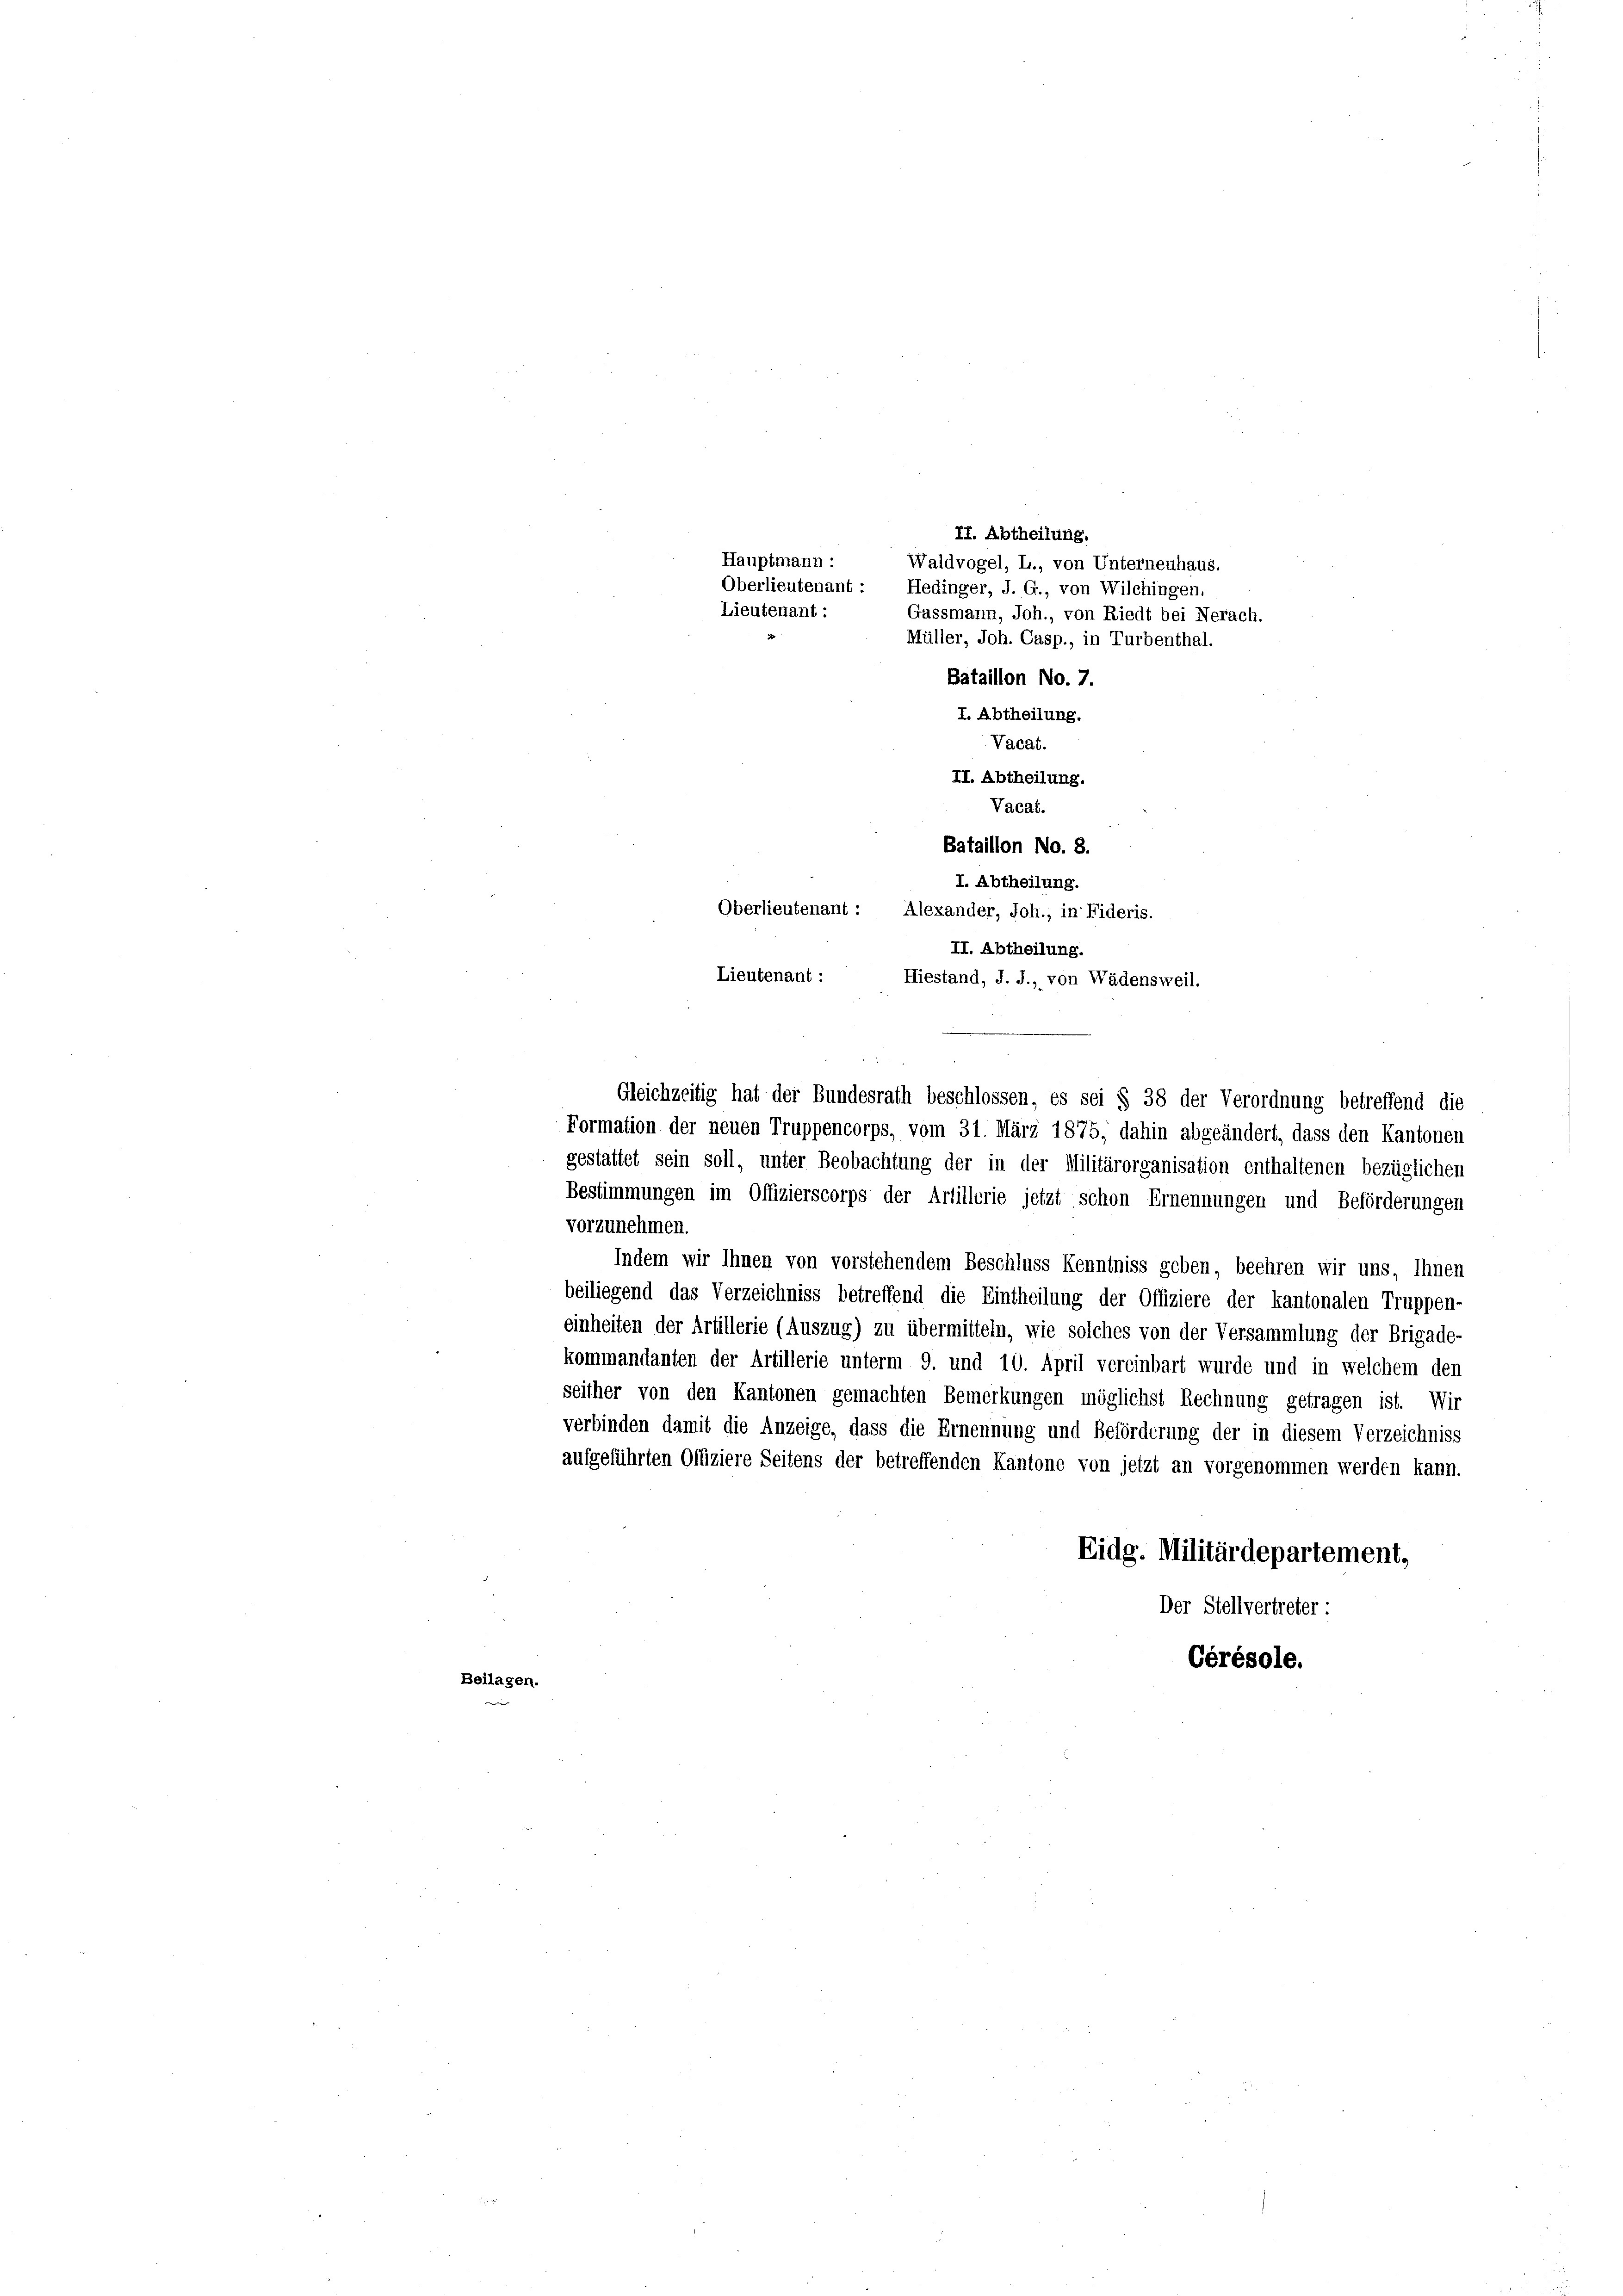
II. Abtheilung.

Waldvogel, L., von Unterneuhaus.
Oberlieutenant: Hedinger, J. G., von Wilchingen.
Gassmann, Joh., von Riedt bei Nerach.
Müller, Joh. Casp., in Turbenthal.
Bataillon No. 7.
I. Abtheilung.
Vacat.
II. Abtheilung.
Vacat.
Bataillon No. 8.
I. Abtheilung.
II. Abtheilung.
Lieutenant :
Hiestand, J. J., von Wädensweil.
gestattet sein soll, unter Beobachtung der in der Militärorganisation enthaltenen bezüglichen
Bestimmungen im Offizierscorps der Artillerie jetzt schon Ernennungen und Beförderungen
vorzunehmen.
Indem wir Ihnen von vorstehendem Beschluss Kenntniss geben, beehren wir uns, Ihnen
beiliegend das Verzeichniss betreffend die Eintheilung der Offiziere der kantonalen Truppen-
einheiten der Artillerie (Auszug) zu übermitteln, wie solches von der Versammlung der Brigade-
kommandanten der Artillerie unterm 9. und 10. April vereinbart wurde und in welchem den
seither von den Kantonen gemachten Bemerkungen möglichst Rechnung getragen ist. Wir
verbinden damit die Anzeige, dass die Ernennung und Beförderung der in diesem Verzeichniss
aufgeführten Offiziere Seitens der betreffenden Kantone von jetzt an vorgenommen werden kann.
Eidg. Militärdepartement,
Der Stellvertreter:
Gérésole.
Beilagen.

Hauptmann :
Lieutenant :

Oberlieutenant: Alexander, Joh., in Fideris.

Gleichzeitig hat der Bundesrath beschlossen, es sei § 38 der Verordnung betreffend die
Formation der neuen Truppencorps, vom 31. März 1875, dahin abgeändert, dass den Kantonen